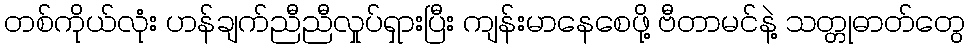
တစ်ကိုယ်လုံး ဟန်ချက်ညီညီလှုပ်ရှားပြီး ကျန်းမာနေစေဖို့ ဗီတာမင်နဲ့ သတ္တုဓာတ်တွေ